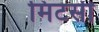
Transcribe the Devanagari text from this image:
मिटसी